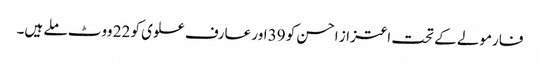
فارمولے کے تحت اعتزاز احسن کو 39 اور عارف علوی کو 22 ووٹ ملے ہیں۔